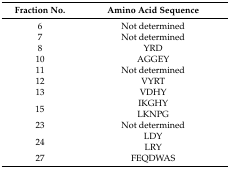
<table><thead><tr><td><b>Fraction No.</b></td><td><b>Amino Acid Sequence</b></td></tr></thead><tbody><tr><td>6</td><td>Not determined</td></tr><tr><td>7</td><td>Not determined</td></tr><tr><td>8</td><td>YRD</td></tr><tr><td>10</td><td>AGGEY</td></tr><tr><td>11</td><td>Not determined</td></tr><tr><td>12</td><td>VYRT</td></tr><tr><td>13</td><td>VDHY</td></tr><tr><td rowspan="2">15</td><td>IKGHY</td></tr><tr><td>LKNPG</td></tr><tr><td>23</td><td>Not determined</td></tr><tr><td rowspan="2">24</td><td>LDY</td></tr><tr><td>LRY</td></tr><tr><td>27</td><td>FEQDWAS</td></tr></tbody></table>